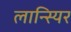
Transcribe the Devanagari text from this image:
लान्स्यिर